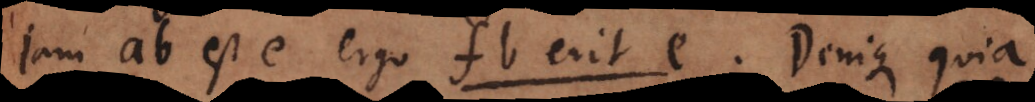
jam ab est e ergo fb erit e. Denique quia